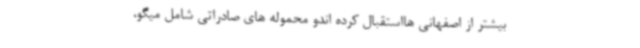
بیشتر از اصفهانی هااستقبال کرده اندو محموله های صادراتی شامل میگو،